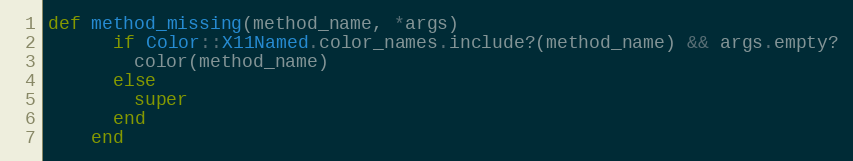
Language: Ruby
def method_missing(method_name, *args)
      if Color::X11Named.color_names.include?(method_name) && args.empty?
        color(method_name)
      else
        super
      end
    end